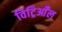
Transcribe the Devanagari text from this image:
विट्रिआँल